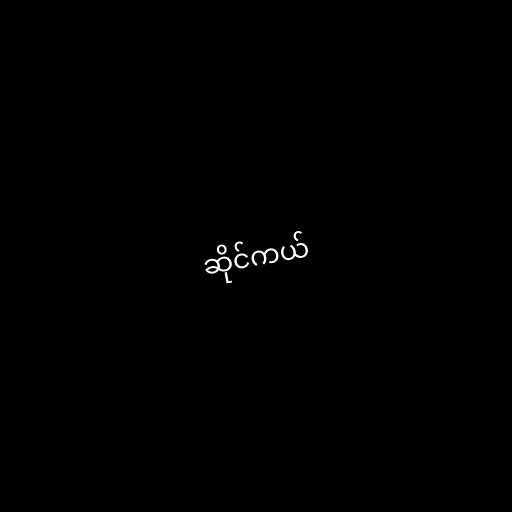
ဆိုင်ကယ်